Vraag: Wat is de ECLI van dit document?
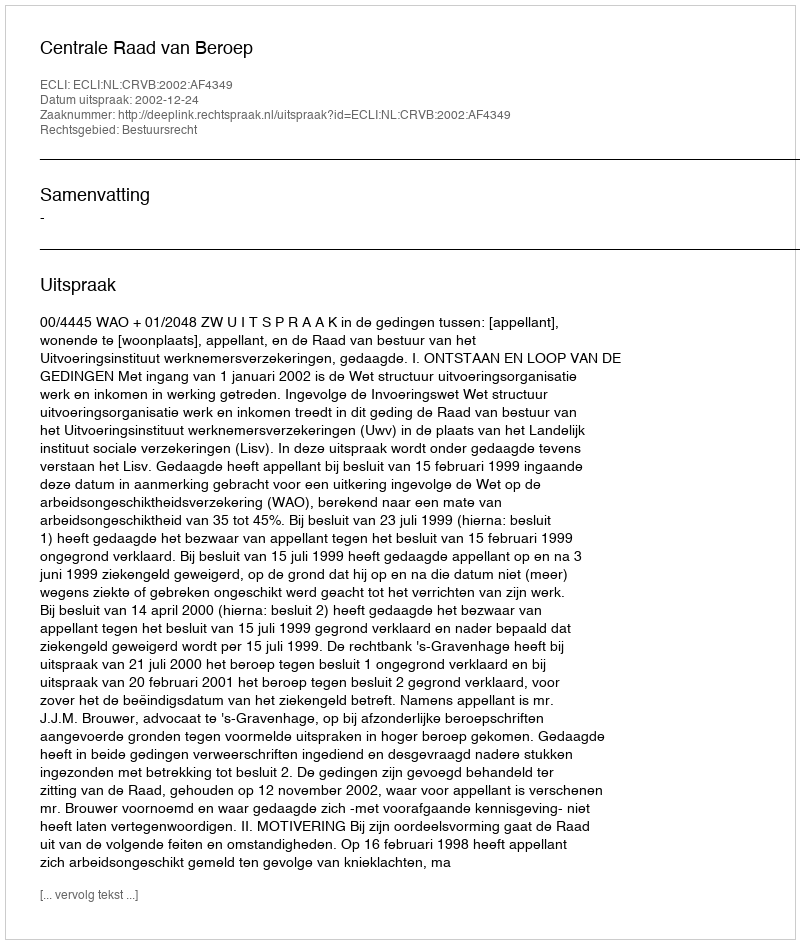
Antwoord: ECLI:NL:CRVB:2002:AF4349